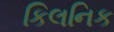
કિલનિક